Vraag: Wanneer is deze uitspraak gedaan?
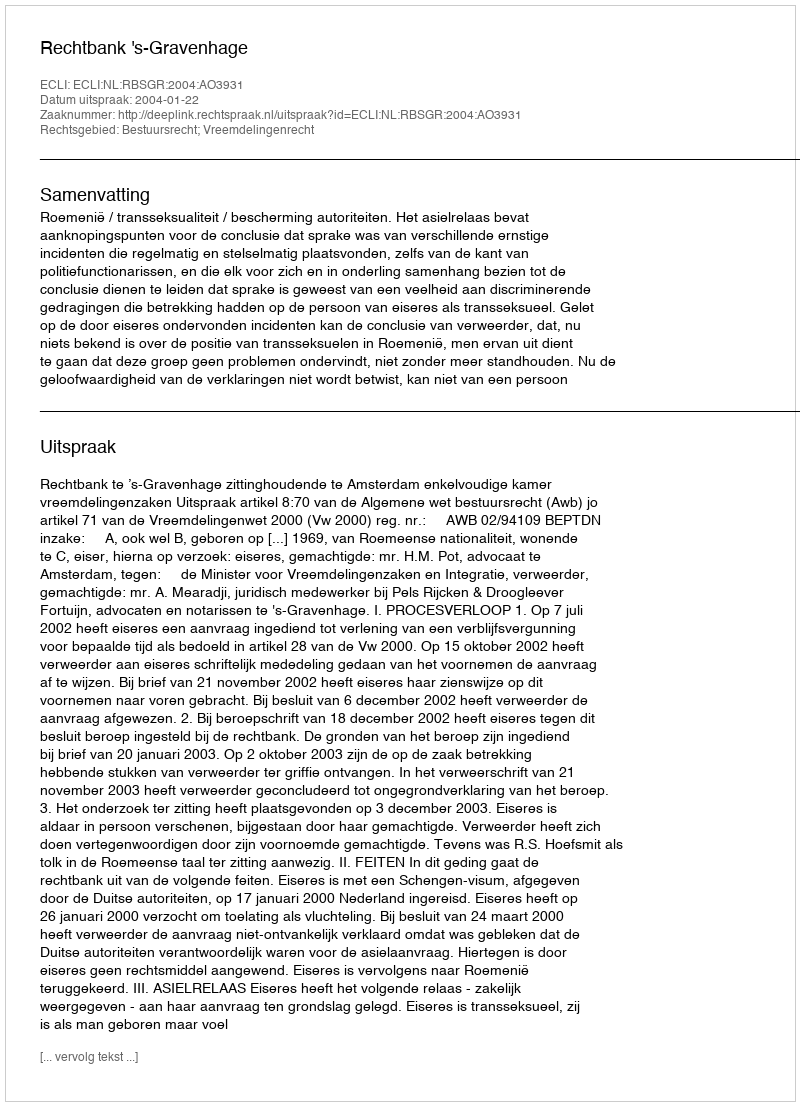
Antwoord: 2004-01-22